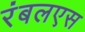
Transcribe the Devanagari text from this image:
रंबलएस